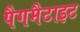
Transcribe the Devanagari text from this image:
पैगमैटाइट